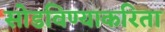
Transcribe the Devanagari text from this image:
सोडविण्‍याकरिता